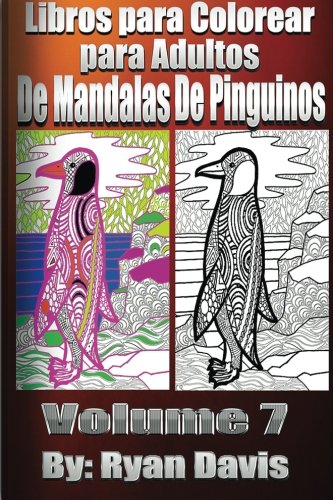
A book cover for Libros Para Colorear Para Adultos De Mandalas De PingÃ¼inos (Animals & Mandalas ) (Spanish Edition); Ryan Davis; Comics & Graphic Novels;